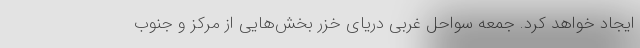
ایجاد خواهد کرد. جمعه سواحل غربی دریای خزر بخش‌هایی از مرکز و جنوب